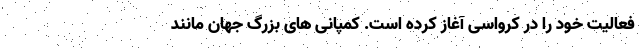
فعالیت خود را در کرواسی آغاز کرده است. کمپانی های بزرگ جهان مانند